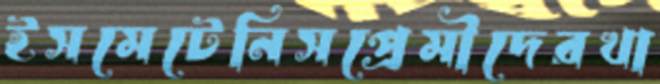
ইসমেটেনিসপ্রেমীদেরখা